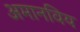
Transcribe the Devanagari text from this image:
अमानविय